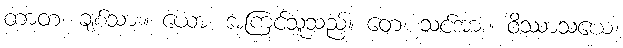
တာတ၊ ချစ်သား။ ယော၊ အကြင်သူသည်။ တေ၊ သင်အား။ ဝိဿာသယေ၊